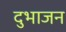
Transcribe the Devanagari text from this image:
दुभाजन